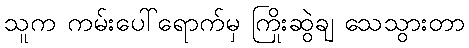
သူက ကမ်းပေါ်ရောက်မှ ကြိုးဆွဲချ သေသွားတာ